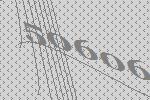
50606